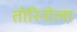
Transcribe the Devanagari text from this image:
तोरिनोला